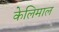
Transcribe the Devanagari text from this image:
केलिमाल